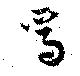
焉